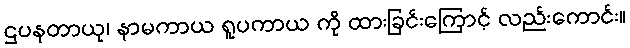
ဌပနတာယု၊ နာမကာယ ရူပကာယ ကို ထားခြင်းကြောင့် လည်းကောင်း။